Annual statistical returns and brief notes on vaccination in Bengal - 1909-1929
Year: 1909
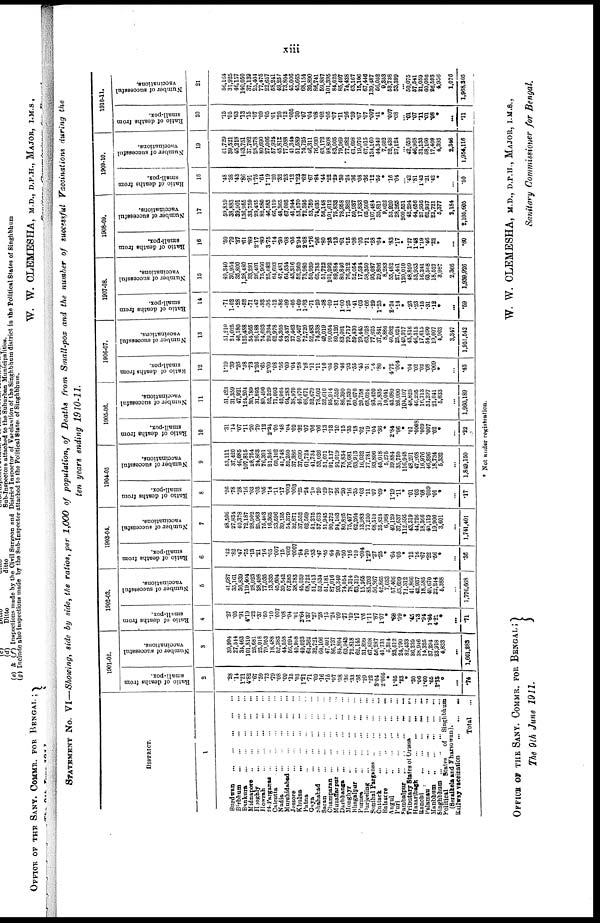
xiii
STATEMENT No. VI—Showing, side by side, the ratios, per 1,000 of population, of Deaths from Small-pox and the number of successful Vaccinations during the
ten years ending 1910-11.
DISTRICT.
1
Burdwan...
...
Birbhum... ... ... ... ... ...
Bankurs... ... ... ... ... ... ...
Midnapore... ... ... ... ... ...
Hooghly...
...
...
...
...
Howrah...
...
...
...
...
24-Parganas... ... ... ... ... ...
Calcutta...
...
...
...
...
Nadia...
...
...
...
Hurshidabad... ... ... ... ... ... ...
Jessore...
...
...
...
Khulna...
...
...
...
...
Patna...
...
...
...
...
Gay...
...
...
...
...
...
Shahabad...
...
...
...
Saran...
...
...
...
Champaran...
...
...
...
...
Muzaffarpur...
...
...
...
...
Darbhanga...
...
...
...
...
Monghyr...
...
...
...
Bhagalpur...
...
...
...
...
Purnea...
...
...
...
...
...
Darjeeling...
...
...
...
...
Sonthal
Parganas...
...
...
...
Cuttack...
...
...
...
Balasore...
...
...
...
...
...
Angul... ... ... ...
Puri...
...
...
...
...
...
Sambalpur...
...
...
...
...
Tributary States of Orissa... ... ...
Hazaribagh... ... ... ... ...
Ranchi...
...
...
Palamau... ... ...
Manbhum
...
...
...
...
Singhbhum...
...
...
...
...
Political
States
of
Singhbhum
(Seraikela and Fharsowan).
Railway vaccination...
...
...
...
Total...
1901-02.
Ratio of deaths from
small-pox.
2
.28
14
1.21
4.82
.67
.59
.73
.79
.08
.09
.15
.03
1.21
.71
.09
.16
.16
.07
.08
.36
.33
.36
.29
.22
3.04
2.005
*
1.05
.28
*
.30
.06
1.60
.66
2.75
*
...
74
Number of successful
vaccinations.
3
39,994
27,544
34,463
101,810
26,681
26,018
79,963
18,488
52,383
44,558
56,094
40,908
49,023
64,362
32,721
60,106
47,401
86,737
84,804
63,943
72,818
62,145
31,899
67,808
56,287
41,731
5,314
23,512
24,790
82,433
36,239
38,946
14,325
37,294
23,918
4,833
...
1,661,283
1902-03.
Ratio of deaths from
small-pox.
4
.27
.05
.91
4.19
.22
.37
.50
.10
.007
.08
.04
.01
2.64
1.37
.27
.28
.15
.24
.09
.77
.19
.17
.05
1.11
.87
1.07
*
.68
.09
*
.45
.13
.94
1.64
4.21
*
...
.71
Number of successful
vaccinations.
5
41,687
35,161
36,839
119,404
28,023
28,498
77,035
13,335
45,604
39,542
57,285
38,783
45,039
68,722
51,613
52,534
51,181
87,016
93,340
74,054
78,314
63,319
15,265
85,203
56,867
42,865
7,033
57,406
33,699
71,312
41,866
42,937
18,085
49,670
22,244
5,388
...
1,776,668
1903-04.
Ratio of deaths from
small-pox.
6
.42
.82
.47
.75
.13
.21
.16
.05
.007
.15
.002
.0007
.94
.70
.33
.47
.45
64
.20
.50
.16
.10
.004
1.29
.27
.25
*
.64
.05
*
.12
.16
.67
.22
.56
*
...
.86
Number of successful
vaccinations.
7
48,506
27,834
40,378
72,187
28,902
25,963
75,463
16,365
53,596
39,135
54,379
32,871
37,552
62,569
51,275
57,673
51,945
90,272
94,103
80,825
75,477
62,264
13,983
77,250
68,510
25,824
6,968
49,129
37,637
112,595
43,319
44,726
18,366
40,119
19,900
3,601
...
1,741,401
1904-05
Ratio of deaths from
small-pox.
8
.26
.78
.28
.16
.03
.03
.05
.14
.11
.17
.003
.003
.25
.24
.10
.20
.29
.27
.26
.20
.16
.35
.03
.11
.07
.09
*
1.19
.11
*
.01
.03
.08
.009
.01
*
...
.17
Number of successful
vaccinations.
9
53,111
37,420
46,685
107,815
28,754
24,863
76,301
21,346
60,102
41,748
52,250
37,386
37,699
61,724
41,734
53,626
51,071
91,137
91,019
78,834
76,681
63,913
16,032
77,781
93,806
45,018
5,275
39,884
35,750
116,948
48,291
47,208
16,976
46,896
18,734
5,332
...
1,849,150
1905-06.
Ratio of deaths from
small-pox.
10
.31
.14
.07
.11
.20
.79
.12
2.34
.05
.48
.04
.02
.32
.07
.06
.06
.13
.13
.10
.15
.35
.18
.02
.19
.04
.36
*
2.84
.06
*
.01
.0003
.009
.007
.02
*
...
.22
Number of successful
vaccinations.
11
51,423
31,359
47,921
124,204
30,789
31,893
80,490
52,329
71,093
42,964
64,283
38,970
46,470
66,671
52,679
78,502
52,610
95,914
87,559
86,390
78,539
60,070
20,758
68,024
93,420
31,835
10,041
43,080
26,000
104,107
48,825
46,295
16,713
51,297
21,041
5,633
...
1,960,189
1906-07.
Ratio of deaths from
small-pox.
12
1.19
.39
.26
.38
.73
1.26
.65
2.09
.08
.56
.09
.04
.58
.28
.11
.11
.10
.05
.09
.46
.93
.55
.45
.51
.04
.80
*
4.72
.004
*
.04
.02
.02
.08
.009
*
...
.43
Number of successful
vaccinations.
13
51,210
21,025
46,180
125,488
34,265
26,188
74,693
29,394
62,978
64,305
53,437
37,463
50,407
72,720
52,483
74,338
49,019
99,054
80,126
83,081
79,717
59,430
29,445
63,028
77,025
37,841
8,886
40,682
25,021
149,917
43,816
46,315
17,615
54,690
19,007
4,908
3,347
1,951,542
1907-08.
Ratio of deaths from
small-pox.
14
.71
1.02
.28
.52
.71
.47
.93
.95
.12
.86
.09
.05
1.69
1.93
.71
.29
.38
.09
.11
1.00
1.25
.41
.03
.66
.29
1.25
*
2.24
.14
*
.23
.23
.15
.31
.12
*
...
.59
Number of successful
vaccinations.
15
49,340
30,954
36,800
1,28,480
33,291
26,401
75,966
25,082
64,693
47,481
64,534
43,316
52,260
73,980
50,939
65,785
51,722
101,292
89,884
80,846
76,312
52,054
17,594
58,350
95,087
29,806
8,283
55,482
27,441
120,010
48,899
53,933
16,241
63,508
18,527
8,987
2,866
1,939,926
1908-09.
Ratio of deaths from
small-pox.
16
.50
.79
.37
.61
.89
2.17
.89
3.75
.14
.30
.08
.05
2.94
2.68
1.76
.96
.80
.23
.13
.61
.15
.08
.03
.71
.28
.64
*
.83
.17
*
1.27
1.48
1.19
.46
.22
*
...
.80
Number of successful
vaccinations.
17
59,850
38,883
39,901
136,965
33,759
29,435
82,580
46,583
66,119
48,365
67,093
41,944
53,570
72,395
53,759
74,035
56,148
101,612
75,833
78,958
71,382
50,937
17,833
65,509
107,484
35,811
9,022
53,920
28,265
200,551
42,294
44,656
27,936
62,937
22,721
5,377
2,184
2,105,605
1909-10.
Ratio of deaths from
small-pox.
18
.48
.38
.43
.86
.91
1.75
.64
1.19
.20
.32
.23
.12
1.23
.62
.67
.84
.44
.22
.29
.30 .24
.36
.08
.36
.12
.56
*
.16
.04
... .42
.81
1.42
.21
.42
*
...
.50
Number of successful
vaccinations.
19
61,729
39,521
45,218
143,751
37,782
28,378
80,690
27,066
57,924
45,813
77,088
41,344
51,589
74,725
46,311
76,930
63,172
98,808
83,005
79,069
77,682
61,698
19,076
67,015
134,160
44,340
7,602
52,438
27,124
... 42,659
46,968
31,133
58,160
17,409
4,393
2,346
1,954,116
1910-11.
Ratio of deaths from
small-pox.
20
.15
.05
.63
.13
.15
.07
.09
.05
.01
.20
.12
.005
.30
.07
.04
.08
.02
.06
.07
.11
.26
.39
.07
.07
.007
.41
*
.007
.08
...
.01
.07
.11
.01
.08
*
...
.11
Number of successful
vaccinations.
21
56,164
31,925
46,157
140,050
37,139
25,404
77,475
22,657
58,241
49,257
73,804
45,006
45,665
68,154
39,890
86,741
69,887
101,395
84,025
85,497
74,438
63,167
15,106
67,446
139,487
56,052
9,353
53,738
33,399
... 50,075
...
21,059
60,086
26,593
4,956
1,076
1,968,305
* Not under registration.
OFFICE OF THE SANY. COMMR. FOR BENGAL;
The 9th June 1911.
W. W. CLEMESHA, M.D., D.P.H., MAJOR, I.M.S.,
Sanitary Commissioner for Bengal.